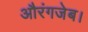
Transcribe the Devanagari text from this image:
औरंगजेब।